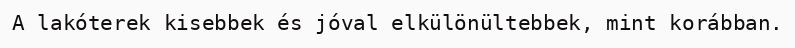
A lakóterek kisebbek és jóval elkülönültebbek, mint korábban.